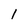
Character: 1